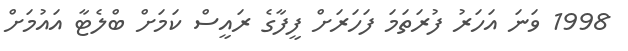
1998 ވަނަ އަހަރު ފުރަތަމަ ފަހަރަށް ފީފާގެ ރައީސް ކަމަށް ބްލެޓާ އައުމަށް